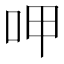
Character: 呷